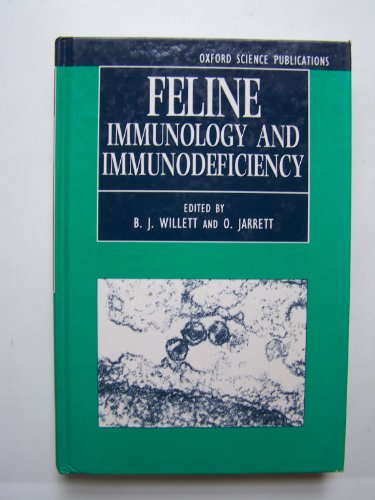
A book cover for Feline Immunology and Immunodeficiency (Oxford Science Publications); Medical Books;